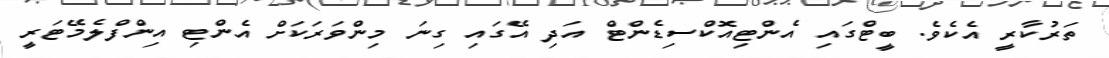
ތަރުކާރީ އެކެވެ. ބީޓްގައި އެންޓިއޮކްސިޑެންޓް އަދި އޭގައި ގިނަ މިންވަރަކަށް އެންޓި އިންފްލެމޭޓަރީ